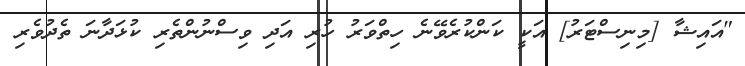
"އައިޝާ [މިނިސްޓަރު] އަކީ ކަންކުރެވޭނެ ހިތްވަރު ހުރި އަދި ވިސްނުންތެރި ކުޅަދާނަ ތެދުވެރި